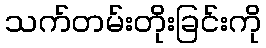
သက်တမ်းတိုးခြင်းကို